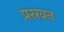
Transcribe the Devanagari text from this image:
प्रस्रवन